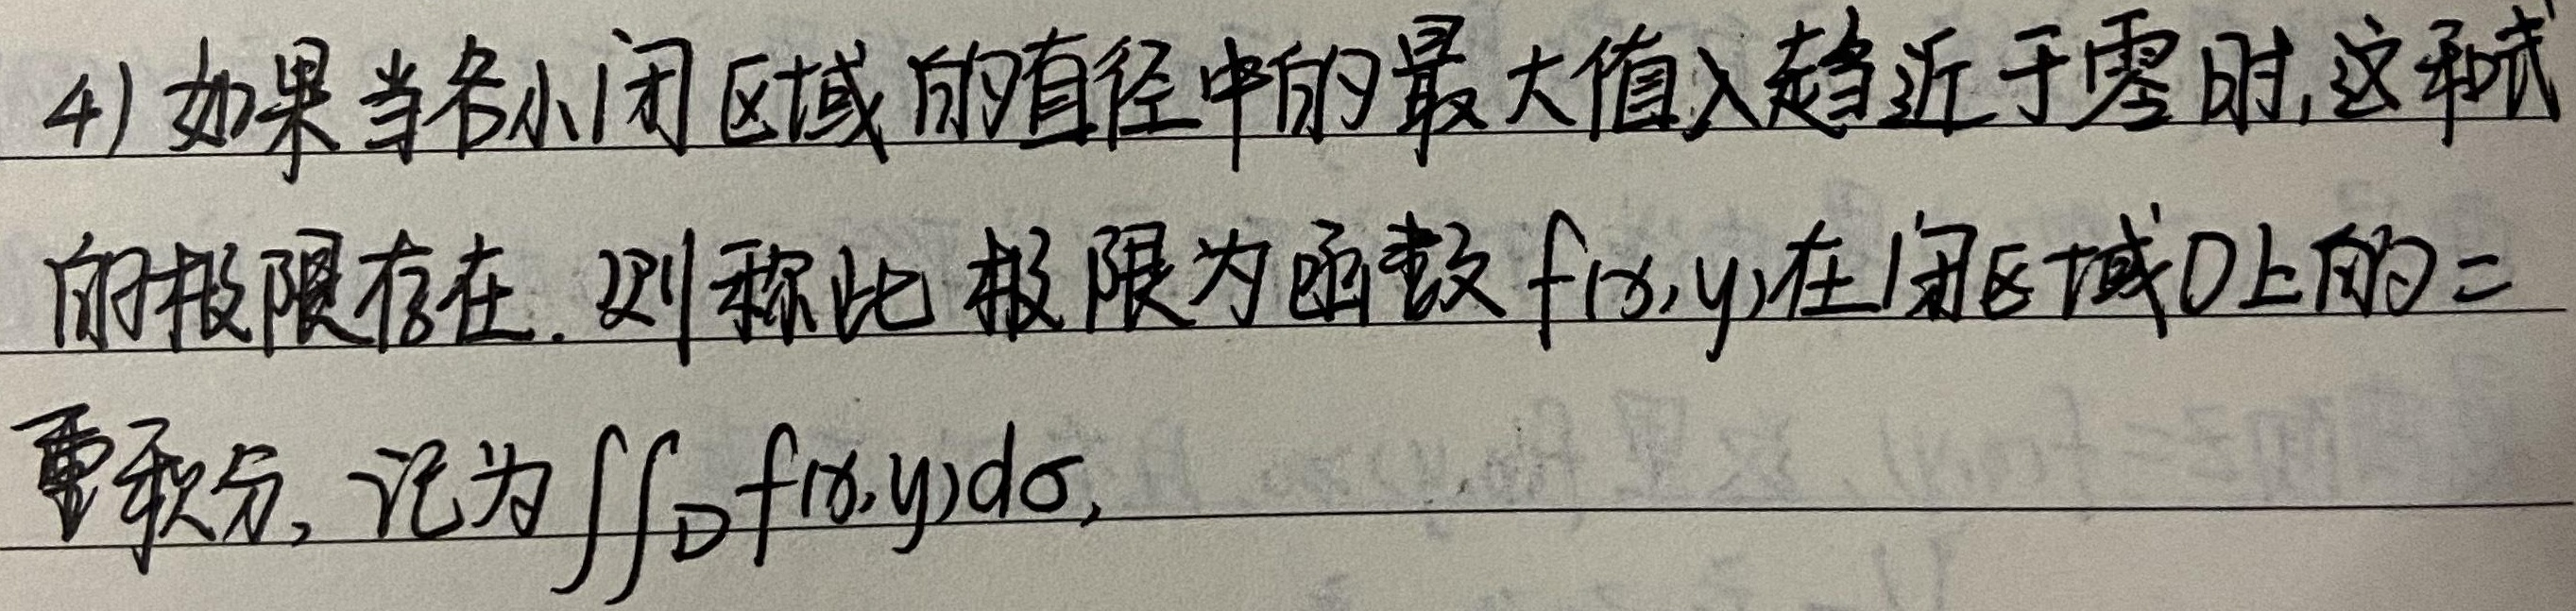
4) 如果当各小闭区域的直径中的最大值 \(\lambda\) 趋近于零时，这和式的极限存在，则称此极限为函数 \(f(x,y)\) 在闭区域 \(D\) 上的二重积分，记为 \(\iint_{D}f(x,y)d\sigma\)